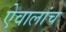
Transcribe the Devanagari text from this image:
ऐवालांच